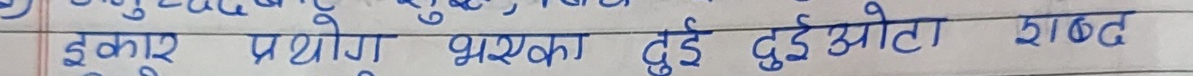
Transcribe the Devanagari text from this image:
इकार प्रयोग भएका दुई दुईवटा शब्द